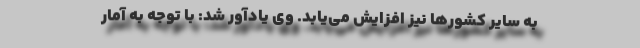
به سایر کشورها نیز افزایش می‌یابد. وی یادآور شد: با توجه به آمار